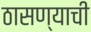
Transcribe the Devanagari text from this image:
ठासण्याची